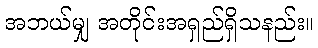
အဘယ်မျှ အတိုင်းအရှည်ရှိသနည်း။